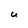
Character: U